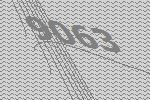
9063